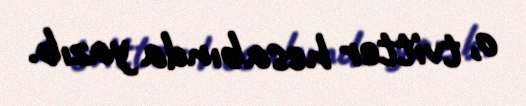
o, tvitter hesabında yazıb.